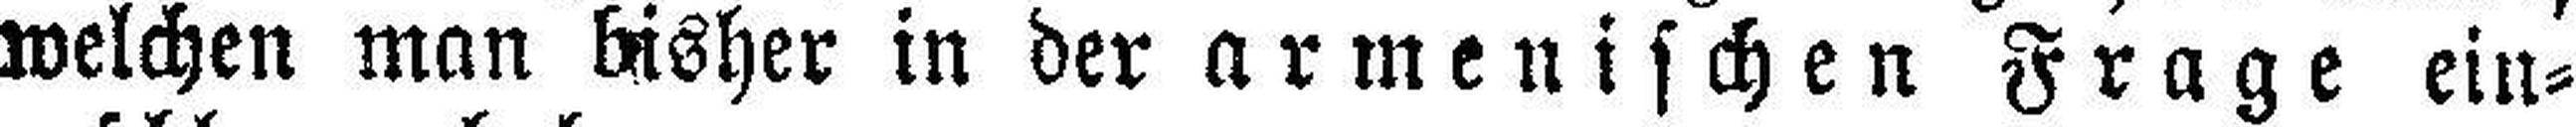
welchen man bisher in der armenischen Frage ein¬